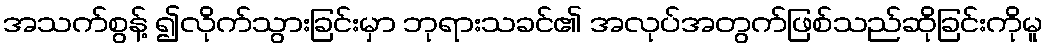
အသက်စွန့် ၍လိုက်သွားခြင်းမှာ ဘုရားသခင်၏ အလုပ်အတွက်ဖြစ်သည်ဆိုခြင်းကိုမူ